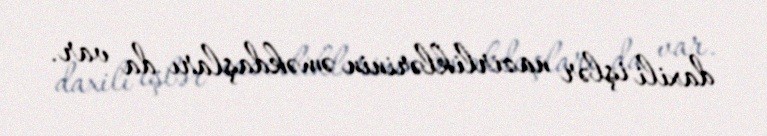
daxili işlər nazirliklərinin əməkdaşları da var.